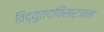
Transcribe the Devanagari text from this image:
विद्युतद्विसर्जन